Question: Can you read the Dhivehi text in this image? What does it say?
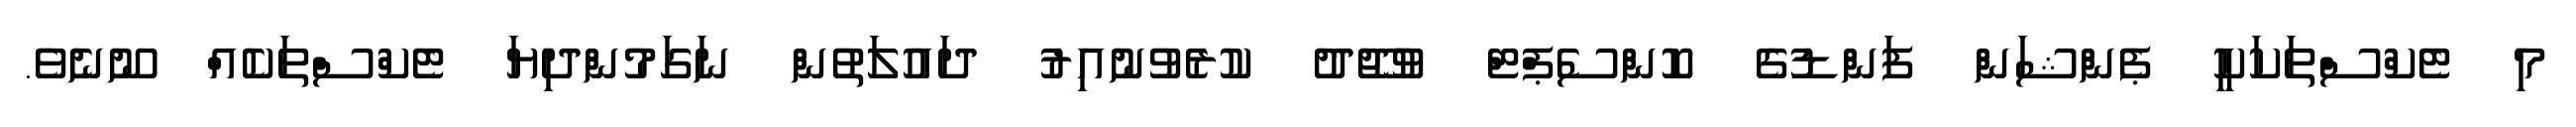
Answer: މި ޓެކްސްތަކަކީ ޕެންޝަން ފަންޑުގެ ކޮންސެޕްޓް ވުޖޫދު ކުރެވުނުއިރު ދައުލަތުން ނަގަމުންދިޔަ ޓެކްސްތަކެއް ނޫނެވެ.